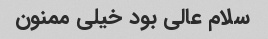
سلام عالی بود خیلی ممنون